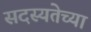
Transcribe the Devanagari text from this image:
सदस्यतेच्या